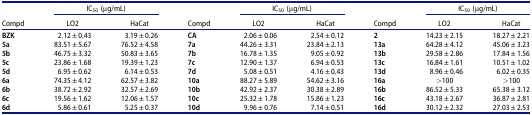
|  | <COLSPAN=2> IC50 (μg/mL) |  | <COLSPAN=2> IC50 (μg/mL) |  | <COLSPAN=2> IC50 (μg/mL) |
 | Compd | LO2 | HaCat | Compd | LO2 | HaCat | Compd | LO2 | HaCat |
 | --- | --- | --- | --- | --- | --- | --- | --- | --- |
 | BZK | 2.12 ± 0.43 | 3.19 ± 0.26 | CA | 2.06 ± 0.06 | 2.54 ± 0.12 | 2 | 14.23 ± 2.15 | 18.27 ± 2.21 |
 | 5a | 83.51 ± 5.67 | 76.52 ± 4.58 | 7a | 44.26 ± 3.31 | 23.84 ± 2.13 | 13a | 64.28 ± 4.12 | 45.06 ± 3.23 |
 | 5b | 46.75 ± 3.32 | 50.83 ± 3.65 | 7b | 16.78 ± 1.35 | 9.05 ± 0.92 | 13b | 29.58 ± 2.86 | 17.84 ± 1.56 |
 | 5c | 23.86 ± 1.68 | 19.39 ± 1.23 | 7c | 12.90 ± 1.37 | 6.94 ± 0.53 | 13c | 16.84 ± 1.61 | 10.51 ± 1.02 |
 | 5d | 6.95 ± 0.62 | 6.14 ± 0.53 | 7d | 5.08 ± 0.51 | 4.16 ± 0.43 | 13d | 8.96 ± 0.46 | 6.02 ± 0.35 |
 | 6a | 74.35 ± 4.12 | 62.57 ± 3.82 | 10a | 88.27 ± 5.89 | 54.62 ± 3.16 | 16a | >100 | >100 |
 | 6b | 38.72 ± 2.92 | 32.57 ± 2.69 | 10b | 42.92 ± 2.37 | 30.38 ± 2.89 | 16b | 86.52 ± 5.33 | 65.38 ± 3.12 |
 | 6c | 19.56 ± 1.62 | 12.06 ± 1.57 | 10c | 25.32 ± 1.78 | 15.86 ± 1.23 | 16c | 43.18 ± 2.67 | 36.87 ± 2.81 |
 | 6d | 5.86 ± 0.61 | 5.25 ± 0.37 | 10d | 9.96 ± 0.76 | 7.14 ± 0.51 | 16d | 30.12 ± 2.32 | 27.03 ± 2.53 |